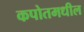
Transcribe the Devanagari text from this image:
कपोतमधील